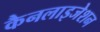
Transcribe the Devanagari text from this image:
कैनलाइजेशन